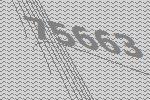
75663